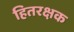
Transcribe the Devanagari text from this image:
हितरक्षक